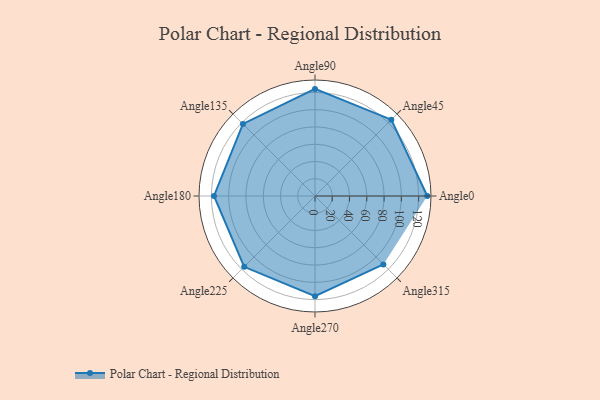
{"axis": {"x": "Angle", "y": "Radius"}, "legend": [""], "data": [{"x": "Angle0", "y": 130.0, "type": ""}, {"x": "Angle45", "y": 125.0, "type": ""}, {"x": "Angle90", "y": 124.0, "type": ""}, {"x": "Angle135", "y": 118.0, "type": ""}, {"x": "Angle180", "y": 117.0, "type": ""}, {"x": "Angle225", "y": 116.0, "type": ""}, {"x": "Angle270", "y": 116.0, "type": ""}, {"x": "Angle315", "y": 112.0, "type": ""}]}